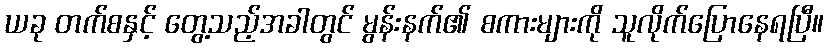
ယခု တက်စနှင့် တွေ့သည့်အခါတွင် မွန်းနက်၏ စကားများကို သူလိုက်ပြောနေရပြီ။